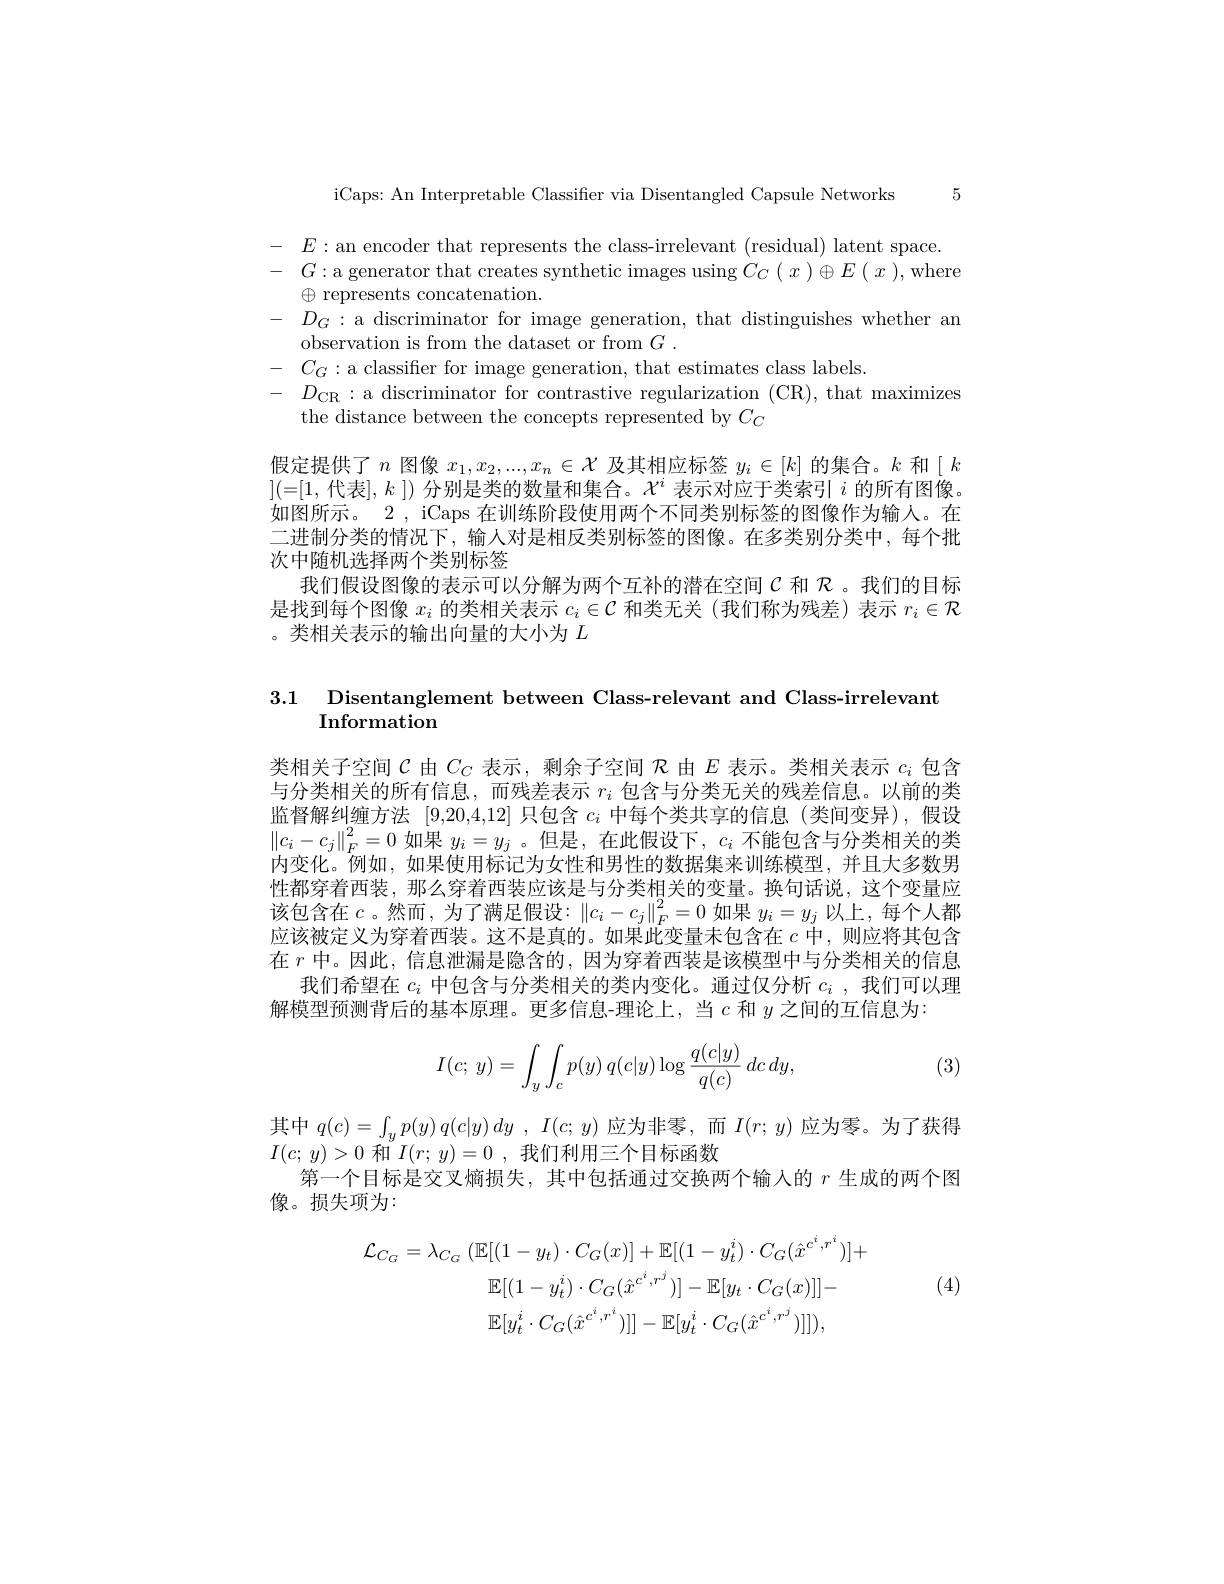
iCaps: An Interpretable Classifier via Disentangled Capsule Networks 5

$E:$an encoder that represents the class- irrelevant ( residual) latent space. $G:$a generator that creates synthetic images using $C_{C}\left ( x\right ) \oplus E\left ( x\right ) $,where $\oplus$ represents concatenation. $D_{G}:$ a discriminator for image generation, that distinguishe
observation is from the dataset or from $G.$
$-{C_G:\text{a classifier for image generation, that estimates class labels}}.$
$D_{\mathrm{CR}}:$a discriminator for contrastive regularization (CR), that maximizes
the distance between the concepts represented by $C_{C}$

假定提供了$n$图像$x_1,x_2,...,x_n\in\mathcal{X}$及其相应标签$y_i\in[k]$的集合。$k$和$[k$ [(=[1,代表$],k])$ 分别是类的数量和集合。$\mathcal{X}^i$ 表示对应于类索引 $i$ 的所有图像。如图所示。2 , iCaps 在训练阶段使用两个不同类别标签的图像作为输入。在二进制分类的情况下，输人对是相反类别标签的图像。在多类别分类中，每个批次中随机选择两个类别标签
我们假设图像的表示可以分解为两个互补的潜在空间$\mathcal{C}$ 和 $\mathcal{R}$。我们的目标是找到每个图像$x_i$的类相关表示$c_i\in\mathcal{C}$和类无关 (我们称为残差)表示$r_i\in\mathcal{R}$ 。类相关表示的输出向量的大小为$L$

3.1 Disentanglement between Class-relevant and Class-irrelevant
Information

类相关子空间$\mathcal{C}$由$C_C$表示，剩余子空间$\mathcal{R}$由$E$表示。类相关表示$c_i$包含与分类相关的所有信息，而残差表示$r_i$包含与分类无关的残差信息。以前的类监督解纠缠方法[9,20,4,12]只包含$c_i$中每个类共享的信息(类间变异),假设$\left\|c_i-c_j\right\|_F^2=0$如果$y_i=y_j$ 。但是，在此假设下，$c_i$不能包含与分类相关的类内变化。例如，如果使用标记为女性和男性的数据集来训练模型，并且大多数男性都穿着西装，那么穿着西装应该是与分类相关的变量。换句话说，这个变量应该包含在$c$ 。然而 , 为了满足假设：$\|c_i-c_j\|_F^2=0$如果$y_i=y_j$以上，每个人都应该被定义为穿着西装。这不是真的。如果此变量未包含在$c$中，则应将其包含在$r$中。因此，信息泄漏是隐含的，因为穿着西装是该模型中与分类相关的信息
我们希望在$c_i$中包含与分类相关的类内变化。通过仅分析$c_i$,我们可以理
解模型预测背后的基本原理。更多信息-理论上，当$c$和$y$之间的互信息为：

(3)
$$I(c;\:y)=\int_y\int_cp(y)\:q(c|y)\log\frac{q(c|y)}{q(c)}\:dc\:dy,$$
其中 $q( c) = \int _yp( y)$ $q( c| y)$ $dy$ , $I( c; y)$ 应为非零，而 $I(r;y)$ 应为零。为了获得
$I( c;$ $y) > 0$和$I( r;$ $y) = 0$ ,我们利用三个目标函数
第一个目标是交叉熵损失，其中包括通过交换两个输入的$r$生成的两个图
像。损失项为：

(4)
$$\begin{aligned}\mathcal{L}_{C_{G}}&=\lambda_{C_{G}}\:(\mathbb{E}[(1-y_{t})\cdot C_{G}(x)]+\mathbb{E}[(1-y_{t}^{i})\cdot C_{G}(\hat{x}^{c^{i},r^{i}})]+\\&\mathbb{E}[(1-y_{t}^{i})\cdot C_{G}(\hat{x}^{c^{i},r^{j}})]-\mathbb{E}[y_{t}\cdot C_{G}(x)]]-\\&\mathbb{E}[y_{t}^{i}\cdot C_{G}(\hat{x}^{c^{i},r^{i}})]]-\mathbb{E}[y_{t}^{i}\cdot C_{G}(\hat{x}^{c^{i},r^{j}})]]),\end{aligned}$$